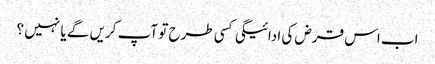
اب اس قرض کی ادائیگی کسی طرح تو آپ کریں گے یا نہیں ؟